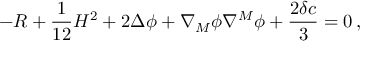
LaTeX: - R + \frac { 1 } { 1 2 } H ^ { 2 } + 2 \Delta \phi + \nabla _ { M } \phi \nabla ^ { M } \phi + \frac { 2 \delta c } { 3 } = 0 \, ,